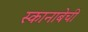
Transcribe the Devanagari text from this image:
स्कानाबेची